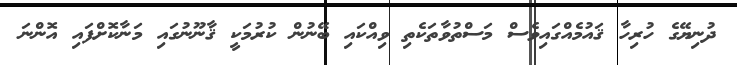
ދުނިޔޭގެ ހުރިހާ ޤައުމެއްގައިވެސް މަސްތުވާތަކެތި ވިއްކައި ބޭނުން ކުރުމަކީ ޤާނޫނުގައި މަނާކޮށްފައި އޮންނަ